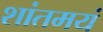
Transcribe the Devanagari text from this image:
शांतमयं